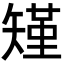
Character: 𮀆